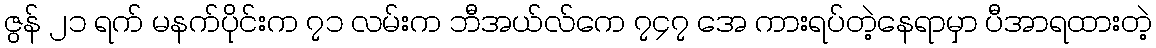
ဇွန် ၂၁ ရက် မနက်ပိုင်းက ၇၁ လမ်းက ဘီအယ်လ်ကေ ၇၄၇ အေ ကားရပ်တဲ့နေရာမှာ ပီအာရထားတဲ့